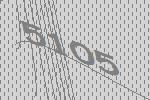
5105